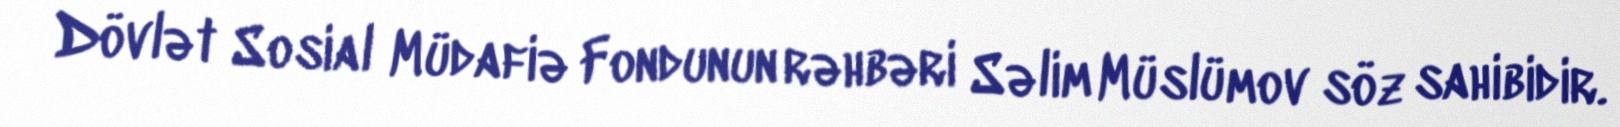
Dövlət Sosial Müdafiə Fondunun rəhbəri Səlim Müslümov söz sahibidir.